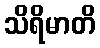
သိရိမာတိ